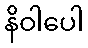
နိဝါပေါ